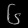
Digit: ၆